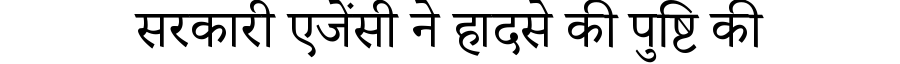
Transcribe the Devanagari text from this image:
सरकारी एजेंसी ने हादसे की पुष्टि की